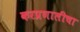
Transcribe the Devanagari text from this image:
करप्रणालीचा